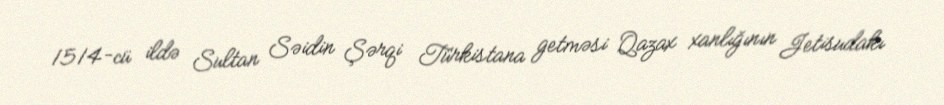
1514-cü ildə Sultan Səidin Şərqi Türkistana getməsi Qazax xanlığının Jetisudakı